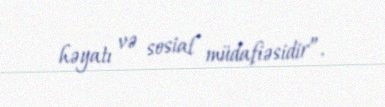
həyatı və sosial müdafiəsidir”.